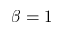
\beta = 1